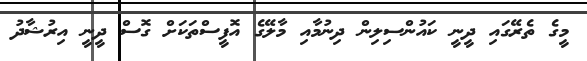
މީގެ ތެރޭގައި ދީނީ ކައުންސިލިން ދިނުމާއި މާލޭގެ އޮފީސްތަކަށް ގޮސް ދީނީ އިރުޝާދު